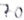
Text: 70